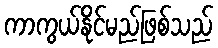
ကာကွယ်နိုင်မည်ဖြစ်သည်